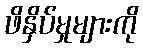
ဖိနှိပ်မှုများကို